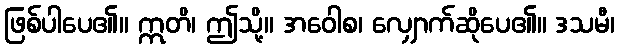
ဖြစ်ပါပေ၏။ ဣတိ၊ ဤသို့။ အဝေါစ၊ လျှောက်ဆိုပေ၏။ ဒသမီ၊